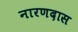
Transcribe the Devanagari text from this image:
नारणदास